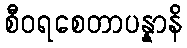
စီဝရစေတာပန္နာနိ